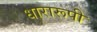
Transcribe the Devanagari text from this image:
धारारूपी